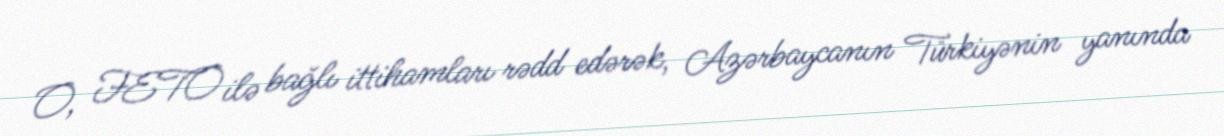
O, FETO ilə bağlı ittihamları rədd edərək, Azərbaycanın Türkiyənin yanında